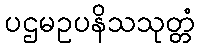
ပဌမဥပနိသသုတ္တံ